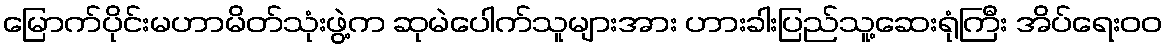
မြောက်ပိုင်းမဟာမိတ်သုံးဖွဲ့က ဆုမဲပေါက်သူများအား ဟားခါးပြည်သူ့ဆေးရုံကြီး အိပ်ရေးဝဝ